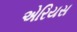
એરિયસ